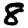
Digit: 8